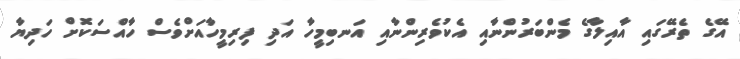
އޭގެ ތެރޭގައި އާއިލާގެ މެންބަރުންނާއި އެކުވެރިންނާއި އަނބިމީހާ އަދި ފިރިމީހާއަށްވެސް ހާއްސަކޮށް ހަދިޔާ